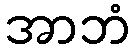
အာဘံ